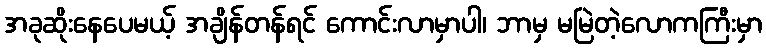
အခုဆိုးနေပေမယ့် အချိန်တန်ရင် ကောင်းလာမှာပါ၊ ဘာမှ မမြဲတဲ့လောကကြီးမှာ